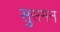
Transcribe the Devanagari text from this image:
सुसमन